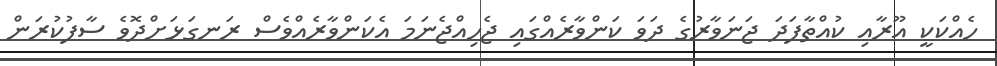
ހެއްކަކީ އޫރާއި ކުއްތާފަދަ ޖަނަވާރުގެ ދަވަ ކަންވާރެއްގައި ޖެހިއްޖެނަމަ އެކަންވާރެއްވެސް ރަނގަޅަށްދޮވެ ސާފުކުރަން